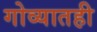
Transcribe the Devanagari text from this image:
गोव्यातही